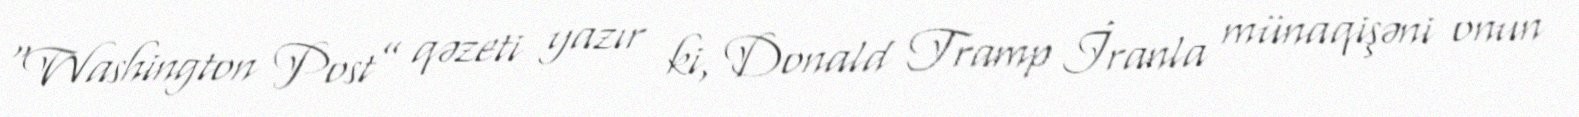
“Washington Post” qəzeti yazır ki, Donald Tramp İranla münaqişəni onun